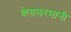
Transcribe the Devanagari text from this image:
केवलरमानी